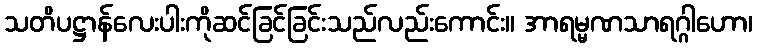
သတိပဋ္ဌာန်လေးပါးကိုဆင်ခြင်ခြင်းသည်လည်းကောင်း။ အာရမ္မဏသာရဂ္ဂါဟော၊